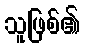
သူဖြစ်၏